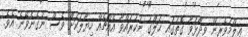
ޢިލްމުވެރިން ވިދާޅުވާ ގޮތުގައި ޚަލްގު ނުކުރައްވާ އެއްޗެއް ހިޔާލަކަށް ވެސް ނުގެނެވޭނެ އެވެ.